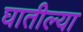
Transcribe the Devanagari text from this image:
घातील्या